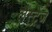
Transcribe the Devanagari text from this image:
लैस्ट्रेंज